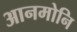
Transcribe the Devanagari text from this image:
आनमोनि